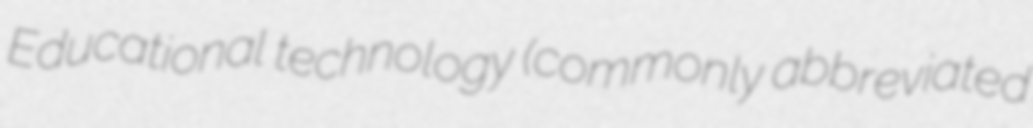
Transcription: Educational technology (commonly abbreviated